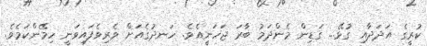
ކުރީގެ އަދަދާއި ގުޅޭ... ގަޑިން މެންދަމު ބާރަ ޖަހަނީއެވެ. ހަނދުގެއަށް ވެރިވެފައިވަނީ ހިމޭންކަމެވެ.